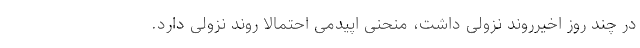
در چند روز اخیرروند نزولی داشت، منحنی اپیدمی احتمالاً روند نزولی دارد.